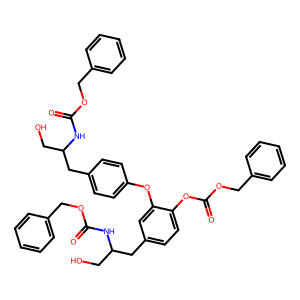
SMILES: O=C(NC(CO)Cc1ccc(Oc2cc(CC(CO)NC(=O)OCc3ccccc3)ccc2OC(=O)OCc2ccccc2)cc1)OCc1ccccc1
Inhibits HIV replication: No